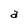
Character: a